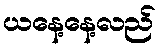
ယနေ့နေ့လည်